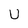
Character: U